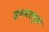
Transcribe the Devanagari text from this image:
इरुमरापुम